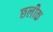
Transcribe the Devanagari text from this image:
छलीक